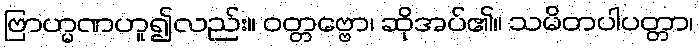
ဗြာဟ္မဏဟူ၍လည်း။ ဝတ္တဗ္ဗော၊ ဆိုအပ်၏။ သမိတပါပတ္တာ၊